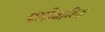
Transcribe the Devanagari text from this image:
पारीवारिक